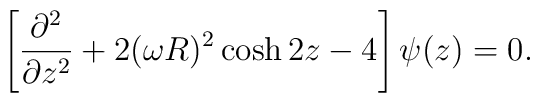
\left[ {\partial^2 \over \partial z^2} +  2 (\omega R)^2 \cosh 2z - 4 \right] \psi(z) = 0.